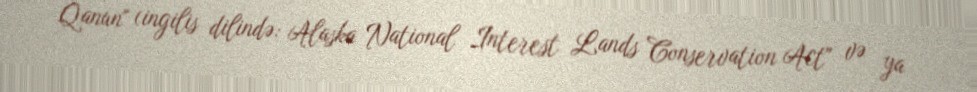
Qanun" (ingilis dilində: Alaska National Interest Lands Conservation Act" və ya